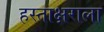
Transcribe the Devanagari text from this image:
हस्ताक्षराला